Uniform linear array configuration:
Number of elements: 8
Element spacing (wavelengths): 1
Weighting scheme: blackman
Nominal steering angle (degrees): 0
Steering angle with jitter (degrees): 1.261
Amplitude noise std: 0.05
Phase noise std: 0.05

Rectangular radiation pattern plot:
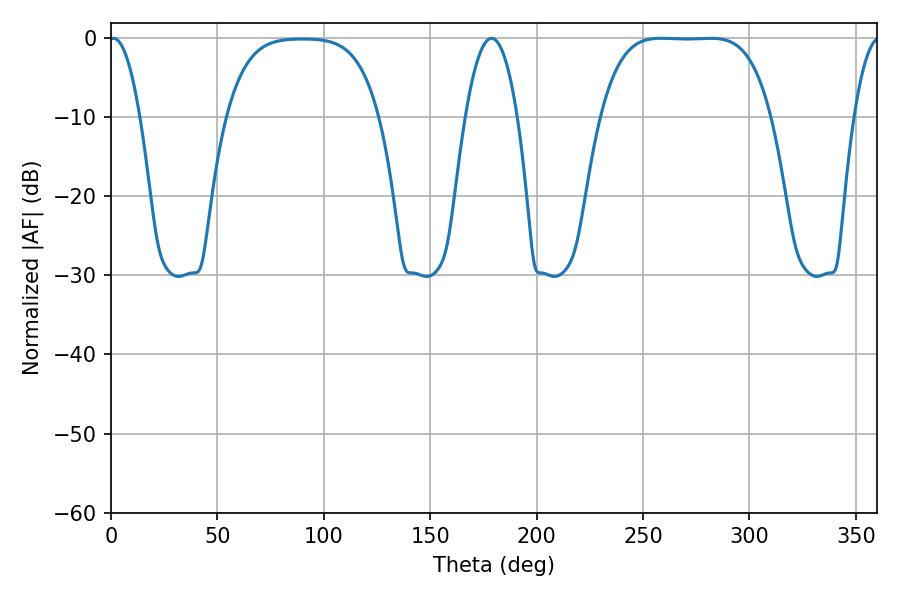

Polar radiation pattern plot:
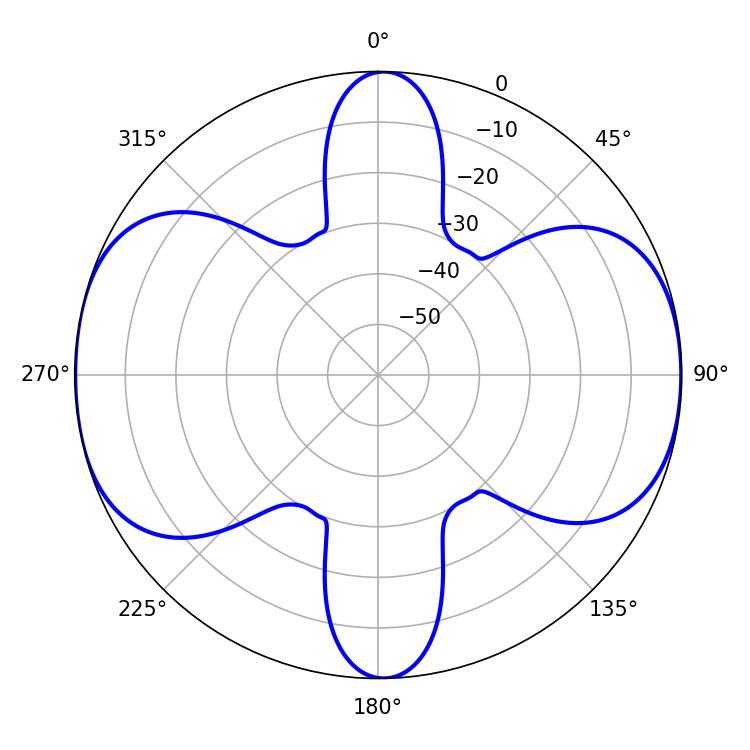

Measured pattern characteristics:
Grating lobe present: TRUE
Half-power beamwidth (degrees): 61.2
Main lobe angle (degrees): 258.3